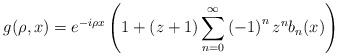
\begin{align*}g(\rho,x)=e^{-i\rho x}\left( 1+\left( z+1\right) \sum_{n=0}^{\infty}\left(-1\right) ^{n}z^{n}b_{n}(x)\right) \end{align*}